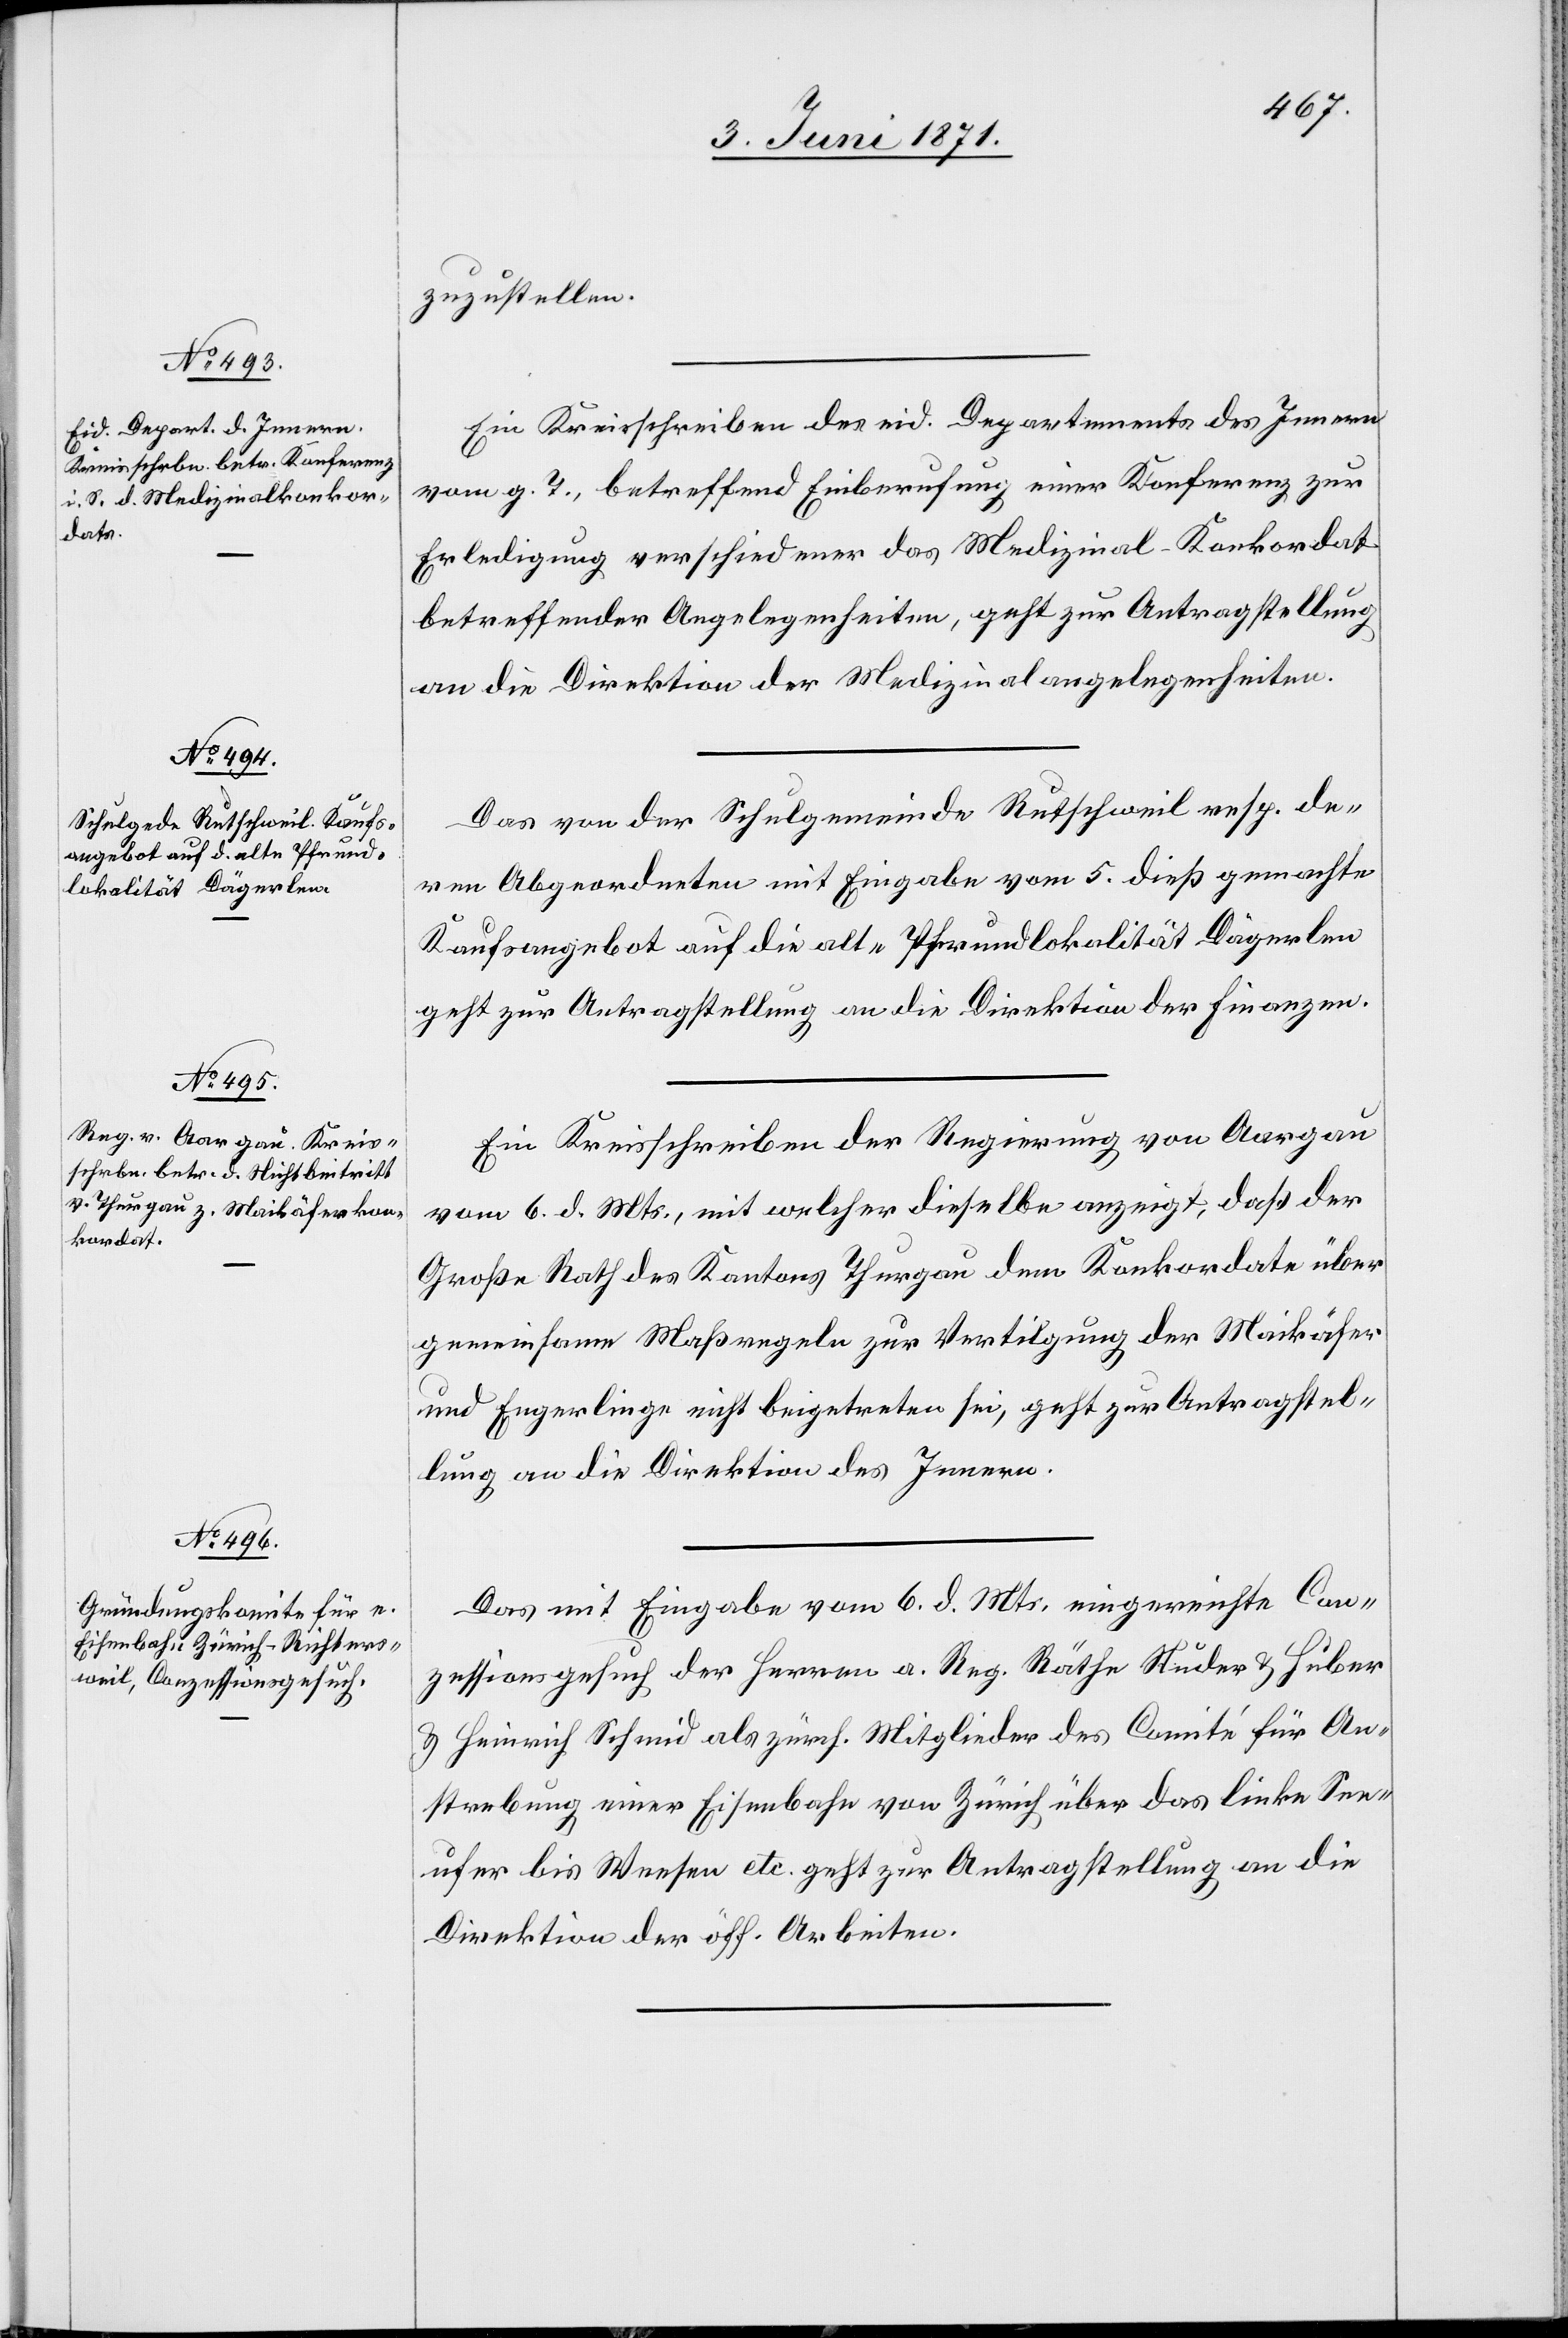
8. Juni 1871.]
zuzustellen.
Ein Kreisschreiben des eid. Departements des Innern
vom g. T., betreffend Einberufung einer Konferenz zur
Erledigung verschiedener das Medizinal-Konkordat
betreffender Angelegenheiten, geht zur Antragstellung
an die Direktion der Medizinalangelegenheiten.
Das von der Schulgemeinde Rutschweil resp. de¬
ren Abgeordneten mit Eingabe vom 5. dieß gemachte
Kaufsangebot auf die alt-Pfrundlokalität Dägerlen
geht zur Antragstellung an die Direktion der Finanzen.
Ein Kreisschreiben der Regierung von Aargau
vom 6. d. Mts., mit welcher dieselbe anzeigt, daß der
Große Rath des Kantons Thurgau dem Konkordate über
gemeinsame Maßregeln zur Vertilgung der Maikäfer
und Engerlinge nicht beigetreten sei, geht zur Antragstel¬
lung an die Direktion des Innern.
Das mit Eingabe vom 6. d. Mts. eingereichte Con¬
zessionsgesuch der Herren a. Reg. Räthe Studer u. Huber
u. Heinrich Schmid als zürch. Mitglieder des Comité für An¬
strebung einer Eisenbahn von Zürich über das linke See¬
ufer bis Weesen etc. geht zur Antragstellung an die
Direktion der öff. Arbeiten.